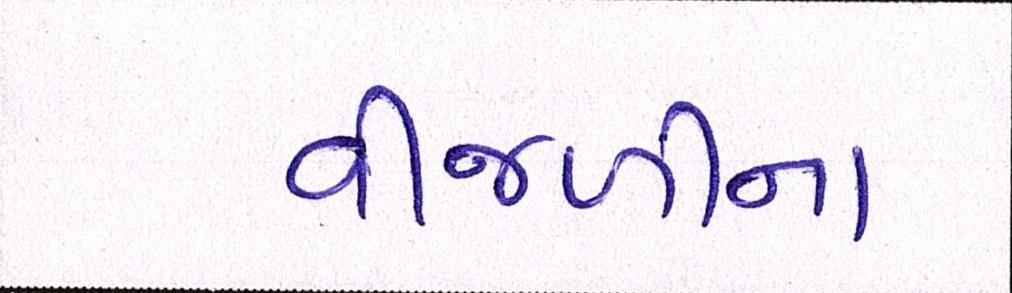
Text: વીજળીના